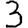
Digit: 3